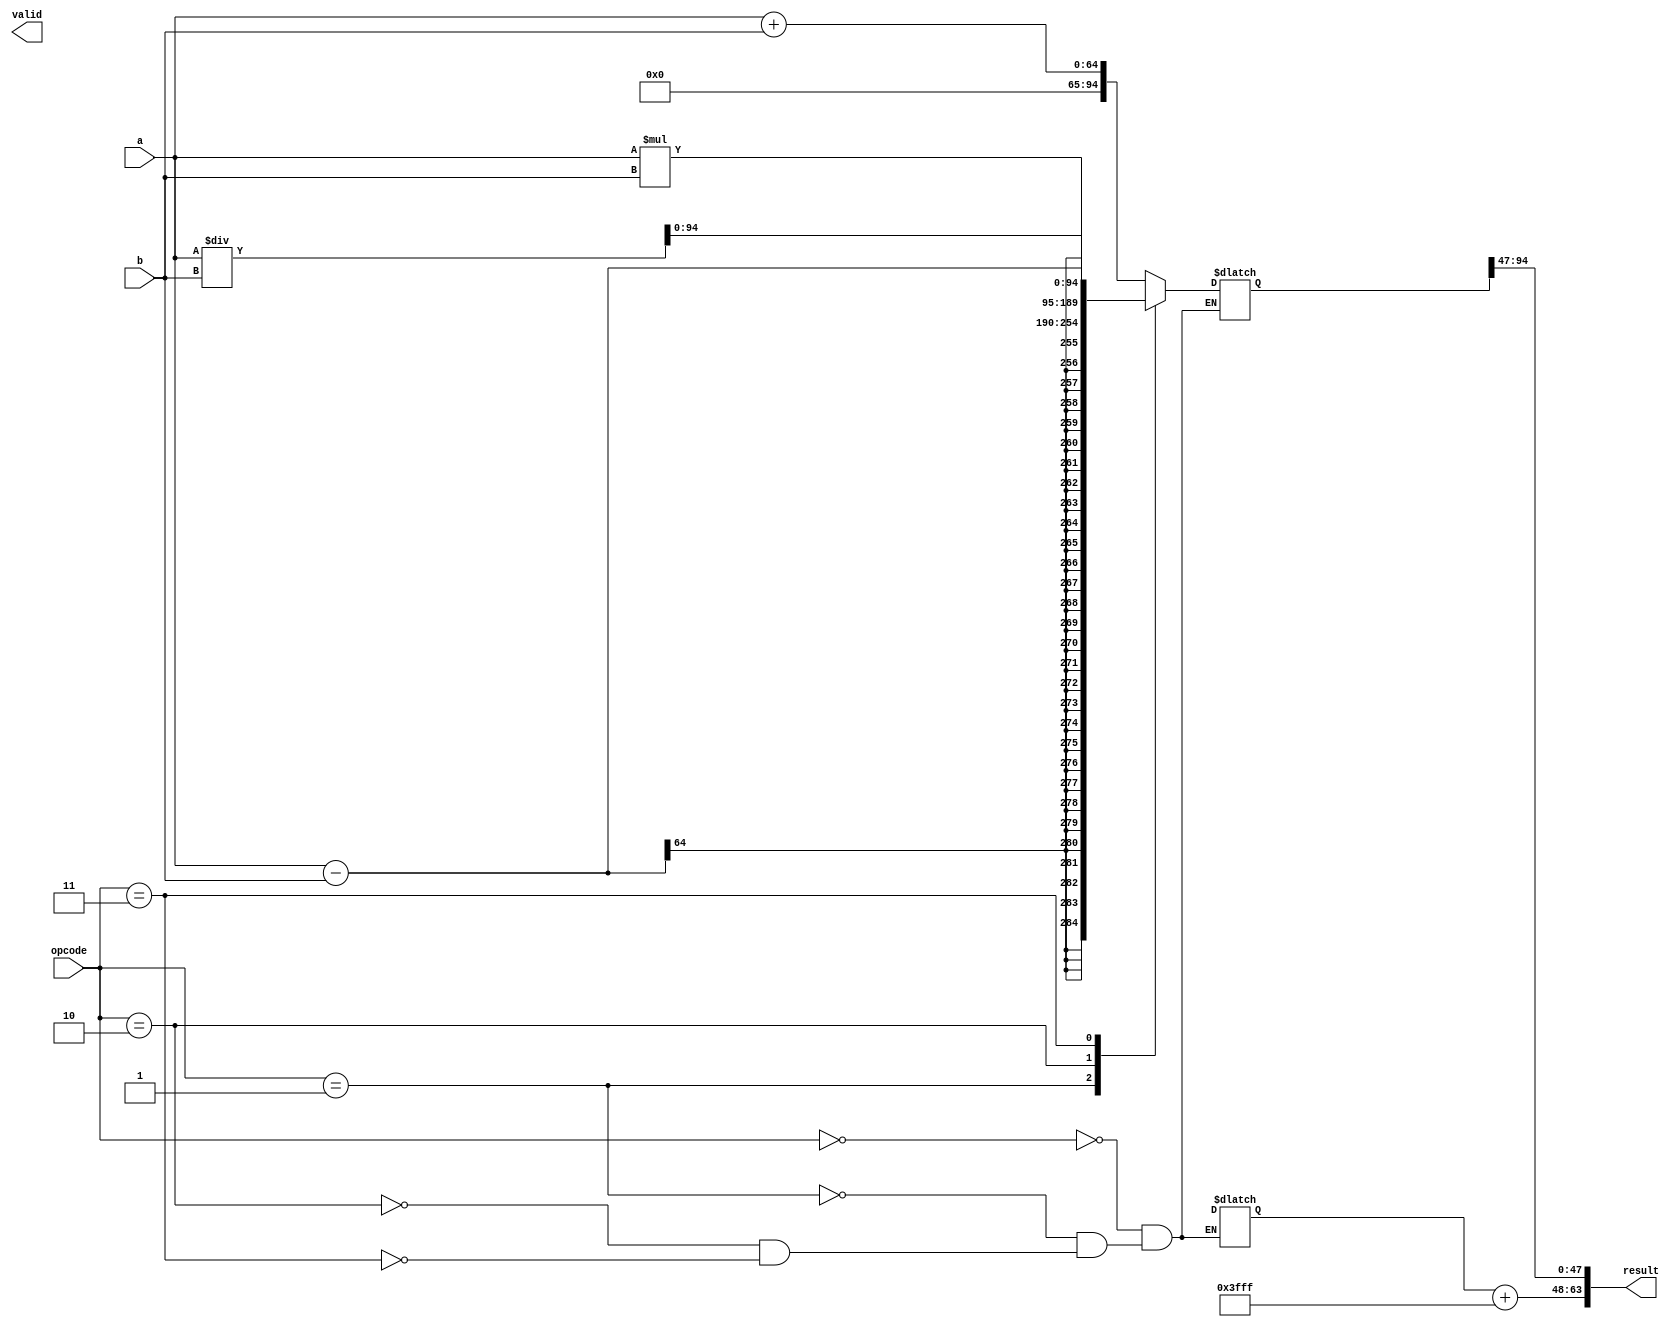
module triple_precision_fpu(
    input wire [63:0] a,
    input wire [63:0] b,
    input wire [2:0] opcode,
    output wire [63:0] result,
    output wire valid
);

// Define constants for IEEE 754 standard
parameter EXPONENT_WIDTH = 15;
parameter FRACTION_WIDTH = 48;
parameter EXPONENT_BIAS = 16383;

// Define signals for internal computation
reg [2*FRACTION_WIDTH-1:0] internal_a;
reg [2*FRACTION_WIDTH-1:0] internal_b;
reg [2*FRACTION_WIDTH-1:0] internal_result;
reg [EXPONENT_WIDTH-1:0] exponent_a;
reg [EXPONENT_WIDTH-1:0] exponent_b;
reg [EXPONENT_WIDTH-1:0] exponent_c;
reg sign_a;
reg sign_b;
reg sign_c;

// Decode input signals
assign internal_a = {1'b0, a};
assign internal_b = {1'b0, b};
assign exponent_a = a[127:113] - EXPONENT_BIAS;
assign exponent_b = b[127:113] - EXPONENT_BIAS;
assign sign_a = a[127];
assign sign_b = b[127];

// Perform arithmetic operation based on opcode
always @(*)
begin
    case(opcode)
        3'b000: // Addition
            begin
                // Perform addition operation
                // Add code here
                internal_result = internal_a + internal_b;
                // Adjust exponent
                exponent_c = exponent_a;
            end

        3'b001: // Subtraction
            begin
                // Perform subtraction operation
                // Add code here
                internal_result = internal_a - internal_b;
                // Adjust exponent
                exponent_c = exponent_a;
            end

        3'b010: // Multiplication
            begin
                // Perform multiplication operation
                // Add code here
                internal_result = internal_a * internal_b;
                // Adjust exponent
                exponent_c = exponent_a + exponent_b - EXPONENT_BIAS;
            end

        3'b011: // Division
            begin
                // Perform division operation
                // Add code here
                internal_result = internal_a / internal_b;
                // Adjust exponent
                exponent_c = exponent_a - exponent_b + EXPONENT_BIAS;
            end
    endcase
end

// Encode result and set valid signal
assign sign_c = sign_a ^ sign_b;
assign result = {sign_c, exponent_c + EXPONENT_BIAS, internal_result[2*FRACTION_WIDTH-2:FRACTION_WIDTH-1]};

endmodule